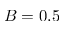
B = 0 . 5